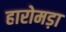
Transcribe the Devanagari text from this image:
हारोमड़ा